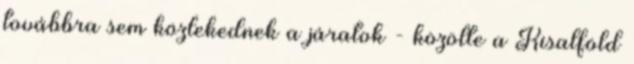
továbbra sem közlekednek a járatok - közölte a Kisalföld